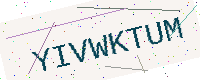
Text: YIVWKTUM